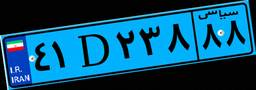
۸۷D۲۲۳۳۷